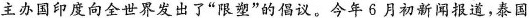
主办国印度向全世界发出了”限塑”的倡议。今年6月初新闻报道，泰国